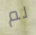
لم